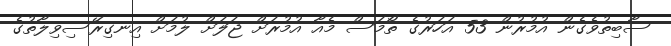
ސާބިތުވެގެން އުމުރުން 53 އަހަރުގެ ތޯމަސް މެއާ އުމުރަށް ޖަލަށް ލުމަށް އިނގިރޭސިވިލާތުގެ